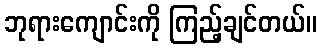
ဘုရားကျောင်းကို ကြည့်ချင်တယ်။